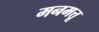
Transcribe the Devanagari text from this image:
मनमत्तू